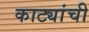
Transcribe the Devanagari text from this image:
काट्यांची